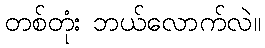
တစ်တုံး ဘယ်လောက်လဲ။